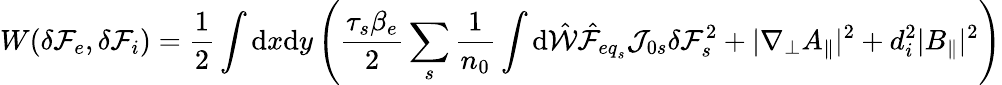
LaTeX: W(\delta{\mathcal F}_{e},\delta{\mathcal F}_{i})=\frac{1}{2}\int\mathrm{d}x\mathrm{d}y\left(\frac{\tau_{s}\beta_{e}}{2}\sum_{s}\frac{1}{n_{0}}\int\mathrm{d}\hat{\mathcal{W}}\hat{\mathcal{F}}_{{eq}_{s}}\mathcal{J}_{0s}\delta{\mathcal F}_{s}^{2}+|\nabla_{\perp}A_{\parallel}|^{2}+d_{i}^{2}|B_{\parallel}|^{2}\right)